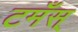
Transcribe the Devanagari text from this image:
टमँस्